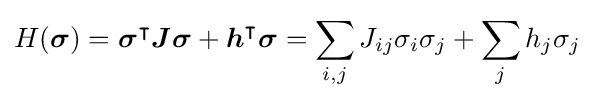
H({\boldsymbol {\sigma }})={\boldsymbol {\sigma }}^{\intercal }{\boldsymbol {J}}{\boldsymbol {\sigma }}+{\boldsymbol {h}}^{\intercal }{\boldsymbol {\sigma }}=\sum _{i,j}J_{ij}\sigma _{i}\sigma _{j}+\sum _{j}h_{j}\sigma _{j}